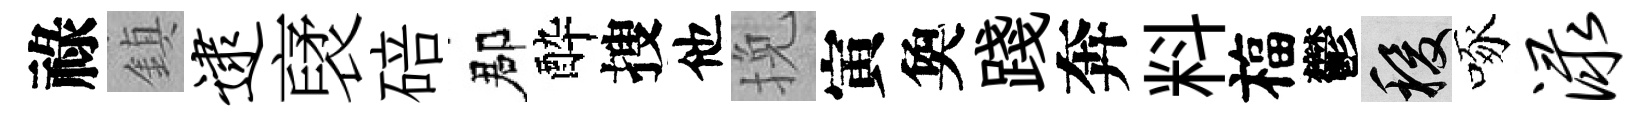
祿鎮逮裦碚郡酔搜他挽寅奐踐奔料福鬱稷啄渌